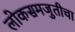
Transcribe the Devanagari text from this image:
लोकसमजुतीचा